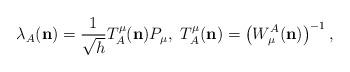
LaTeX: \begin{align*}{}\lambda_A ({\bf n}) = \frac{1}{\sqrt{h}} T^\mu_A ({\bf n}) P_\mu,\ T^\mu_A ({\bf n}) = \left( W^A_\mu ({\bf n}) \right)^{-1},\end{align*}